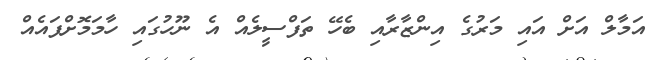
އަމާލް އަށް އައި މަރުގެ އިންޒާރާއި ބެހޭ ތަފްސީލެއް އެ ނޫހުގައި ހާމަމޮށްފައެއް